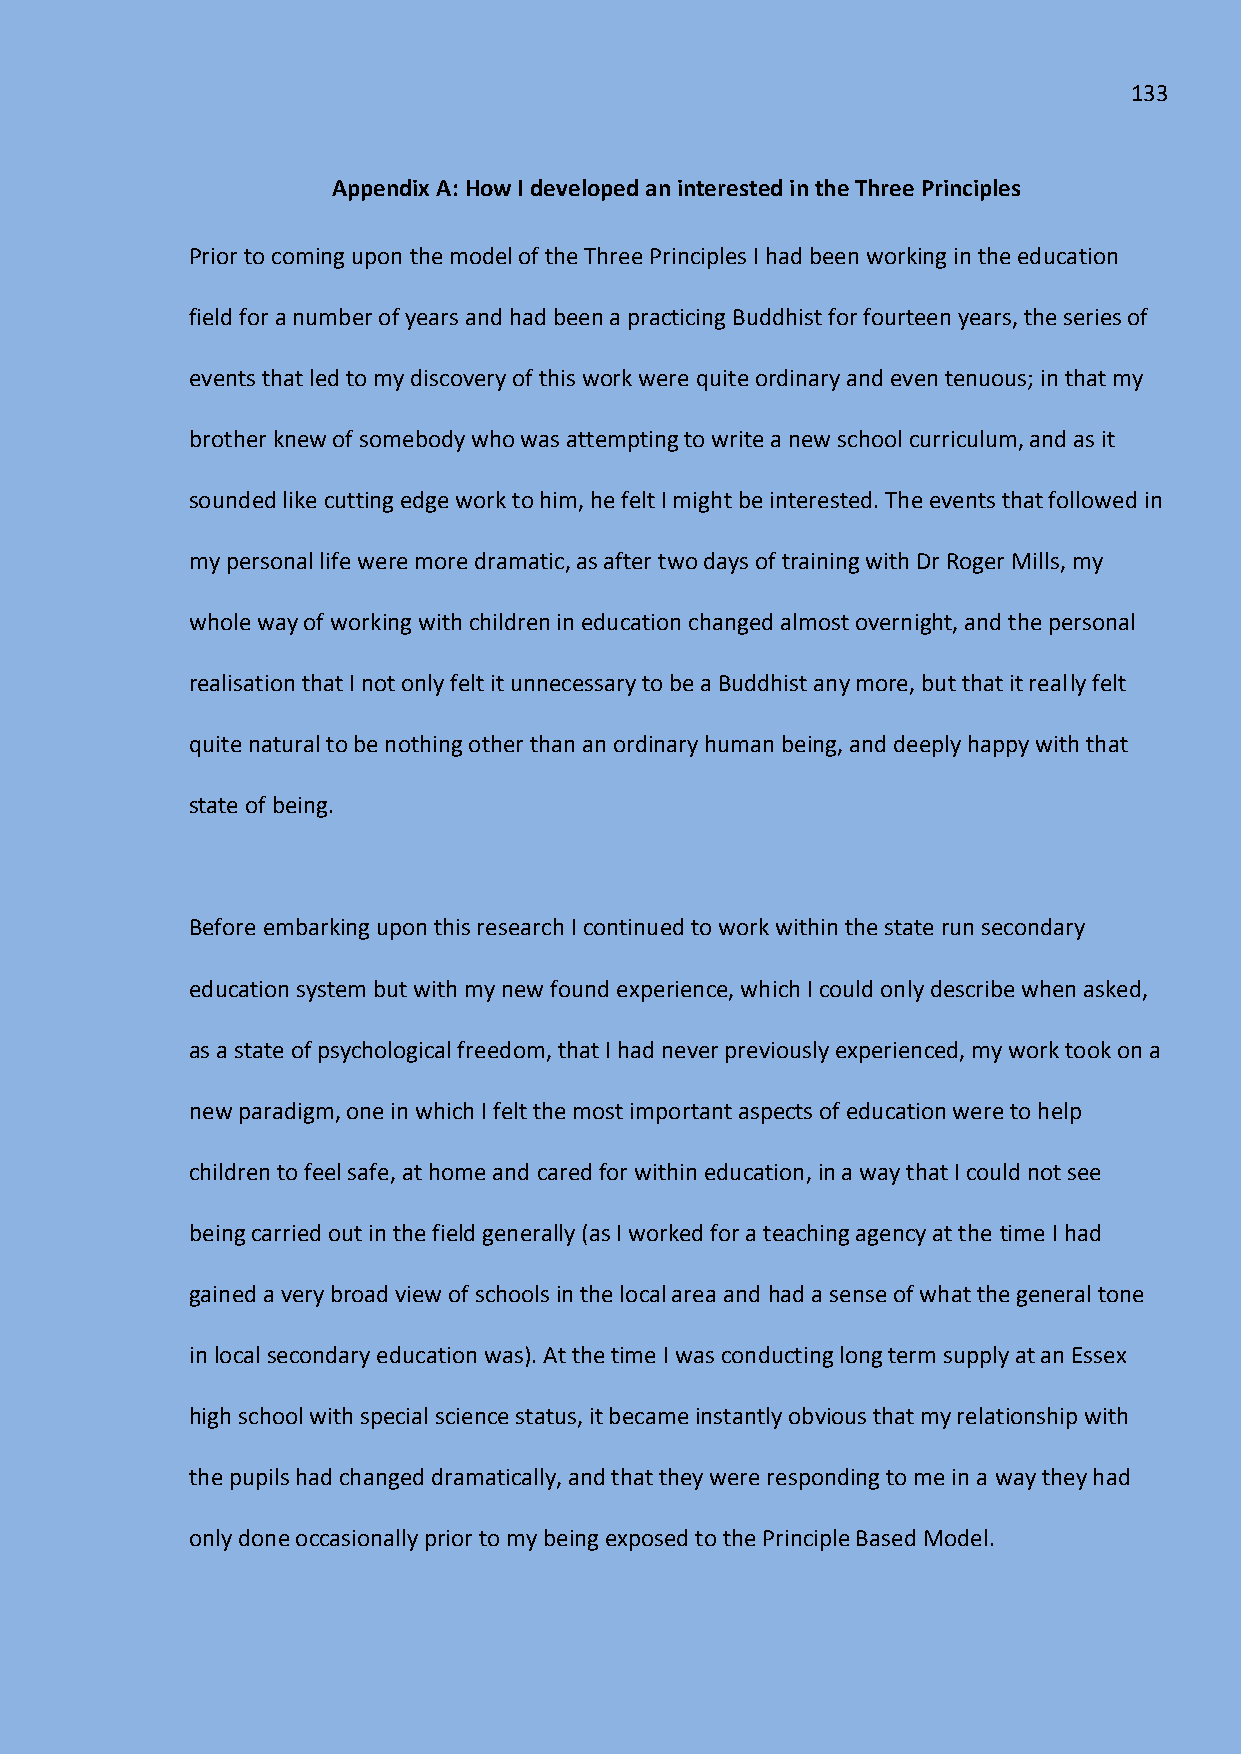
133
 Appendix A: How I developed an interested in the Three Principles
 Prior to coming upon the model of the Three Principles I had been working in the education
 field for a number of years and had been a practicing Buddhist for fourteen years, the series of
 events that led to my discovery of this work were quite ordinary and even tenuous; in that my
 brother knew of somebody who was attempting to write a new school curriculum, and as it
 sounded like cutting edge work to him, he felt I might be interested. The events that followed in
 my personal life were more dramatic, as after two days of training with Dr Roger Mills, my
 whole way of working with children in education changed almost overnight, and the personal
 realisation that I not only felt it unnecessary to be a Buddhist any more, but that it really felt
 quite natural to be nothing other than an ordinary human being, and deeply happy with that
 state of being.
 Before embarking upon this research I continued to work within the state run secondary
 education system but with my new found experience, which I could only describe when asked,
 as a state of psychological freedom, that I had never previously experienced, my work took on a
 new paradigm, one in which I felt the most important aspects of education were to help
 children to feel safe, at home and cared for within education, in a way that I could not see
 being carried out in the field generally (as I worked for a teaching agency at the time I had
 gained a very broad view of schools in the local area and had a sense of what the general tone
 in local secondary education was). At the time I was conducting long term supply at an Essex
 high school with special science status, it became instantly obvious that my relationship with
 the pupils had changed dramatically, and that they were responding to me in a way they had
 only done occasionally prior to my being exposed to the Principle Based Model.